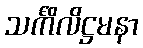
သင်္ကိလိဋ္ဌမနာ